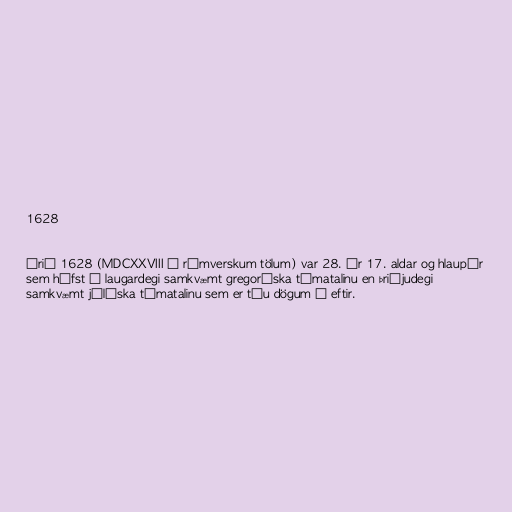
1628

Árið 1628 (MDCXXVIII í rómverskum tölum) var 28. ár 17. aldar og hlaupár
sem hófst á laugardegi samkvæmt gregoríska tímatalinu en þriðjudegi
samkvæmt júlíska tímatalinu sem er tíu dögum á eftir.